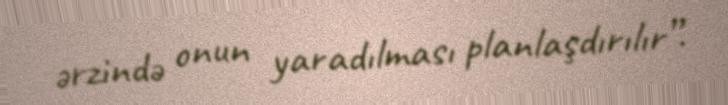
ərzində onun yaradılması planlaşdırılır”.